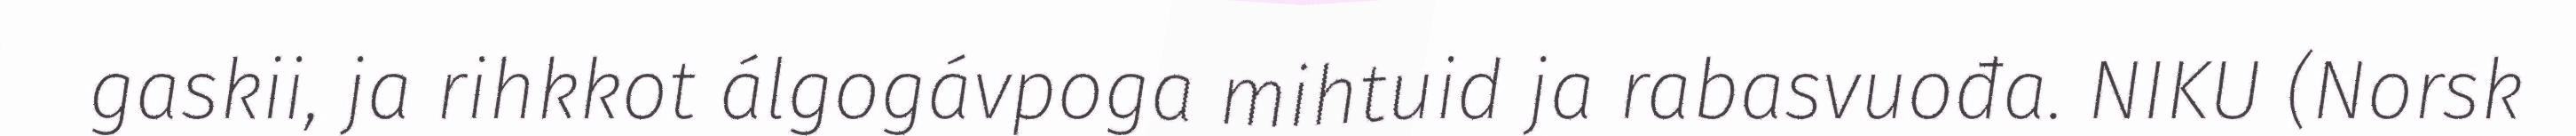
gaskii, ja rihkkot álgogávpoga mihtuid ja rabasvuođa. NIKU (Norsk